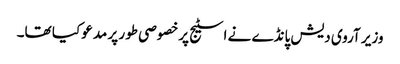
وزیر آروی دیش پانڈے نے اسٹیج پرخصوصی طور پر مدعو کیا تھا۔